system: You are a helpful assistant.
user:
Analyze the provided spectrum to determine if it is a **M-type Giant (gM)**.

A M-type Giant spectrum is defined by its **strong molecular absorption** features, particularly from **Titanium Oxide (TiO)**. You must check for one of the following mutually exclusive signatures:

- **Key Visual Indicators (Absorption-Dominated Spectrum):**

    - **(Primary):** The spectrum is dominated by strong molecular absorption from **Titanium Oxide (TiO)**. This is the **defining feature** of its M-type temperature class.
        - **(Key Bandheads):** Look for sharp, "saw-tooth" absorption valleys. The strongest are located near **~7050 Å**, **~6160 Å**, and **~5170 Å**.
        - **(Line Profile):** The "saw-tooth" morphology is critical: a **sharp, steep drop on the BLUE (short-wavelength) side** of the bandhead, followed by a gradual recovery (rising flux) towards the RED (long-wavelength) side.

    - **(Key Confirmation - Giant vs. Dwarf):** **ABSENCE** of strong **Calcium Hydride (CaH)** molecular bands. This is the primary diagnostic for *excluding* M-dwarfs.
        - **(Key Region):** The spectrum should lack the strong, broad absorption band seen in dwarfs between **~6800 Å and ~7000 Å**.

    - **(Secondary Confirmation - Giant):** A very strong and broad **Neutral Calcium (Ca I)** atomic absorption line.
        - **(Key Line):** Located at **~4226 Å**. In a giant (gM), this line is significantly deeper and broader than the same line in an M-dwarf (dM) due to low surface gravity.

    - **(Overall Spectrum):**
        - The continuum is **extremely red-sloping** (i.e., flux is very low in the blue and rises dramatically towards the red).
        - The entire spectrum appears "chopped up" by the deep TiO bands.

Think first, call **spectral_visualization_tool** if needed to examine features in detail, then provide your final answer. Your response must adhere to the following strict rules:
1.  **Overall Structure:** Your response must follow the format `<think>...</think> <tool_call>...</tool_call> (if a tool is used) <answer>...</answer>`.
2.  **Tool Usage Constraint:** You may only make **one** tool call per turn.
3.  **Final Answer Format:** In the `<answer>` tag, your conclusion must be inside a `\boxed{}` command (e.g., `\boxed{YES}` or `\boxed{NO}`), followed by your justification.

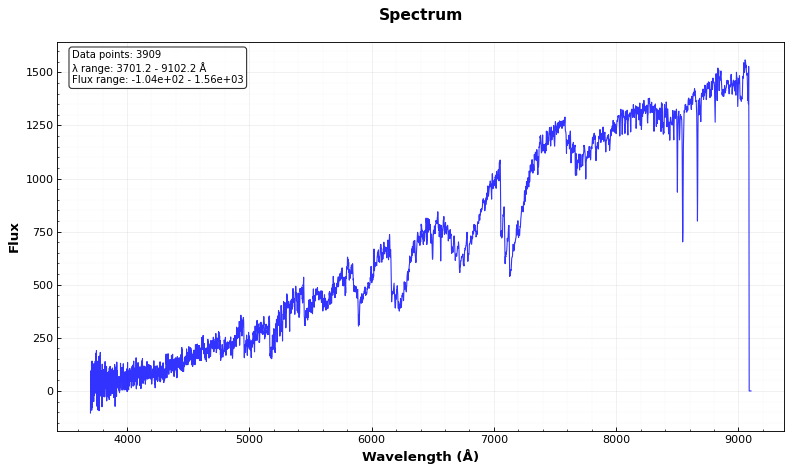
Answer: YES